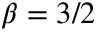
\beta = 3 / 2